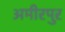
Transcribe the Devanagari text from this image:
अमीरपुर